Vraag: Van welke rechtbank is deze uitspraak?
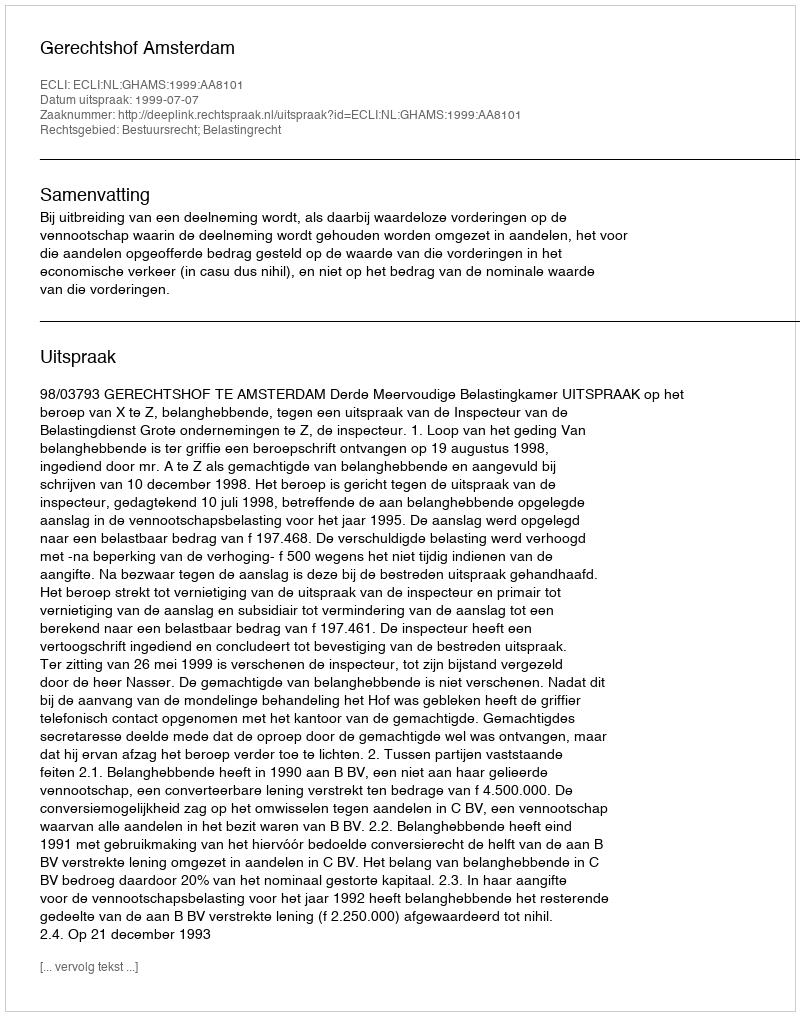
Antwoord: Gerechtshof Amsterdam